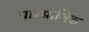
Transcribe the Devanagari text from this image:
पारमाणिक